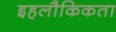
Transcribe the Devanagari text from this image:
इहलौकिकता